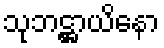
သုဘဋ္ဌာယိနော